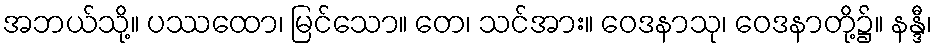
အဘယ်သို့။ ပဿထော၊ မြင်သော။ တေ၊ သင်အား။ ဝေဒနာသု၊ ဝေဒနာတို့၌။ နန္ဒီ၊